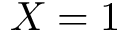
X = 1